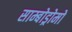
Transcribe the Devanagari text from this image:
साम्बोड्रोमो